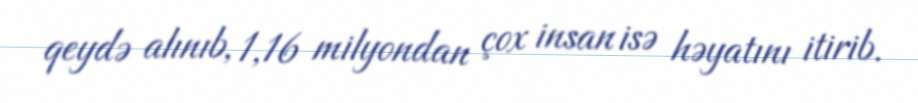
qeydə alınıb, 1,16 milyondan çox insan isə həyatını itirib.